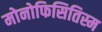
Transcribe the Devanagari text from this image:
मोनोफिसितिस्म